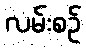
လမ်းစဉ်